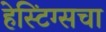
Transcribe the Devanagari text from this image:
हेस्टिंग्सचा